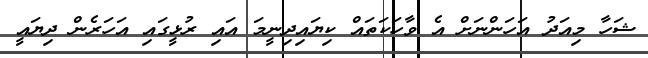
ޝަހާ މިއަދު އަހަންނަށް އެ ވާހަކަތައް ކިޔައިދިނީމަ އައި ރުޅީގައި އަހަރެން ދިޔައީ